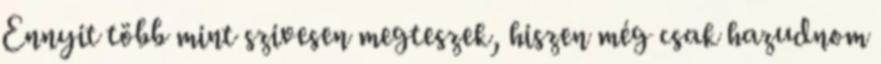
Ennyit több mint szivesen megteszek, hiszen még csak hazudnom